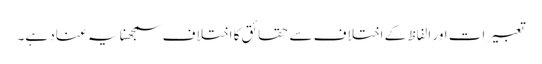
تعبیرات اور الفاظ کے اختلاف سے حقائق کا اختلاف سمجھنا یہ عناد ہے۔